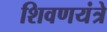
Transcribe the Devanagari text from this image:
शिवणयंत्रे